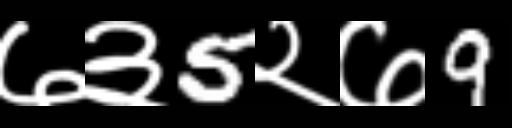
Text: ७३5२७9